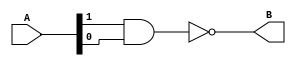
module nand_gate(input [1:0] A, output B);
    nand(B,A[1],A[0]);
endmodule